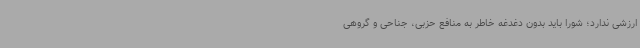
ارزشی ندارد؛ شورا باید بدون دغدغه خاطر به منافع حزبی، جناحی و گروهی